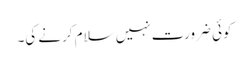
کوئی ضرورت نہیں سلام کرنے کی۔